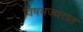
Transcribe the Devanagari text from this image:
विषमज्वरात